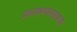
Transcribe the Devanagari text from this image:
प्रकाशनव्यवसायाचा